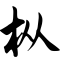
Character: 枞